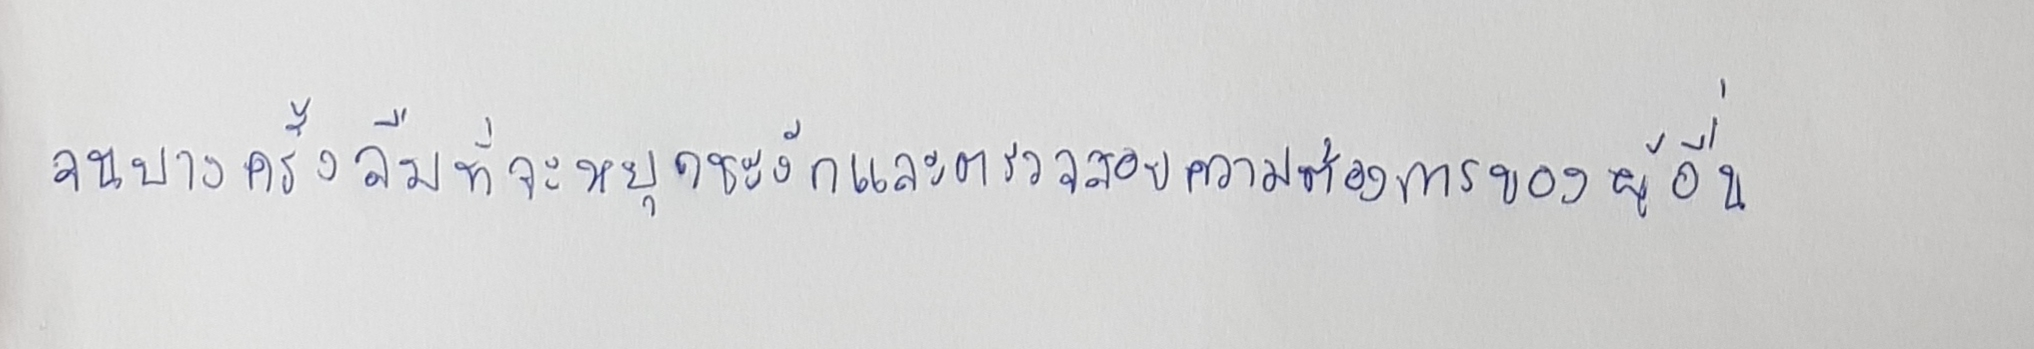
จนบางครั้งลืมที่จะหยุดชะงักและตรวจสอบความต้องการของผู้อื่น